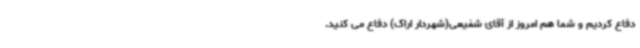
دفاع کردیم و شما هم امروز از آقای شفیعی(شهردار اراک) دفاع می کنید.